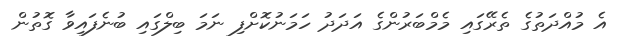
އެ މުއްދަތުގެ ތެރޭގައި މެމްބަރުންގެ އަދަދު ހަމަނުކޮށްފި ނަމަ ބިލްގައި ބުނެފައިވާ ގޮތުން